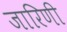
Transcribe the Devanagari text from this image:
जारिणी